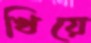
খিয়ে